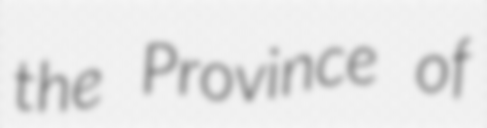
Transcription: the Province of